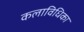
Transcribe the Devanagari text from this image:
कलाविधिका